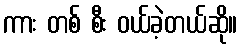
ကား တစ် စီး ဝယ်ခဲ့တယ်ဆို။